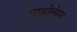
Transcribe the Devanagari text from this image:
सरकोलेम्मा